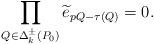
LaTeX: \begin{align*}\prod_{Q\in \Delta_k^\pm(P_0)}\widetilde{e}_{pQ-\tau(Q)}=0.\end{align*}